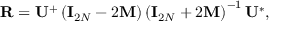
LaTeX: { \bf R } = { \bf U } ^ { + } \left( { \bf I } _ { 2 N } - 2 { \bf M } \right) \left( { \bf I } _ { 2 N } + 2 { \bf M } \right) ^ { - 1 } { \bf U } ^ { * } ,